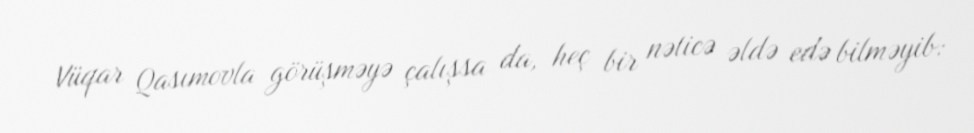
Vüqar Qasımovla görüşməyə çalışsa da, heç bir nəticə əldə edə bilməyib: